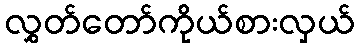
လွှတ်တော်ကိုယ်စားလှယ်